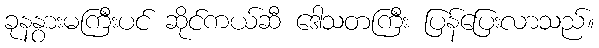
ခုနနွားမကြီးပင် ဆိုင်ကယ်ဆီ ဒေါသတကြီး ပြန်ပြေးလာသည်။